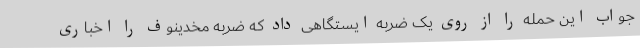
جواب این حمله را از روی یک ضربه ایستگاهی داد که ضربه مخدینوف را اخباری